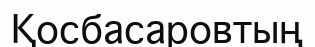
Қосбасаровтың